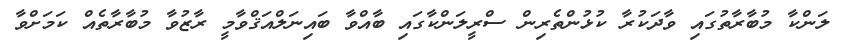
ލަންކާ މުބާރާތުގައި ވާދަކުރާ ކުޅުންތެރިން ސްރީލަންކާގައި ބާއްވާ ބައިނަލްއަޤްވާމީ ރާޒުވާ މުބާރާތެއް ކަމަށްވާ